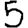
Digit: 5